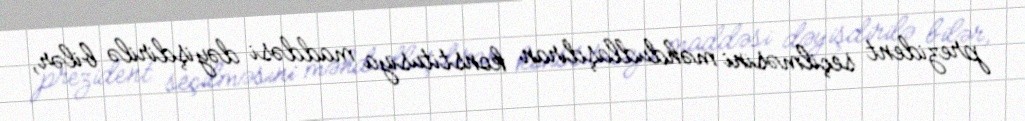
prezident seçilməsini məhdudlaşdıran konstitusiya maddəsi dəyişdirilə bilər,